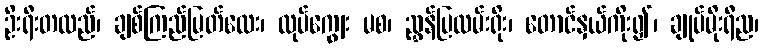
ဦးရီးတလည်၊ ချစ်ကြည်မြတ်လေး၊ လုပ်ကျွေး မစ၊ ညွှန်ပြလမ်းရိုး၊ တောင်နှယ်ကိုး၍၊ ချုပ်မိုးရီည၊